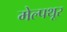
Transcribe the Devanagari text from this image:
मेल्पथूर